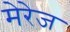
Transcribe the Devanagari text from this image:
मेरेज